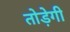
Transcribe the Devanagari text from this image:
तोड़ेगी